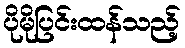
ပိုမိုပြင်းထန်သည့်